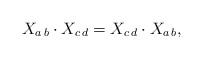
LaTeX: \begin{align*}X_{a\,b}\cdot X_{c\,d} = X_{c\,d}\cdot X_{a\,b},\end{align*}